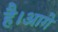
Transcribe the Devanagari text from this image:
है।आगे